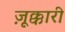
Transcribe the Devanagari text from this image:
ज़ूक्कारी